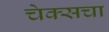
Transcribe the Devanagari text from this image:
चेक्सचा